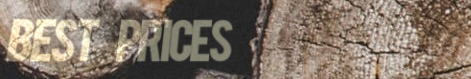
Best Prices